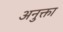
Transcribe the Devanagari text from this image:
अनुक्ता